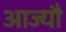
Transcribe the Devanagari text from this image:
आज्यौ